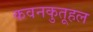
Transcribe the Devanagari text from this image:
कवनकुतूहल